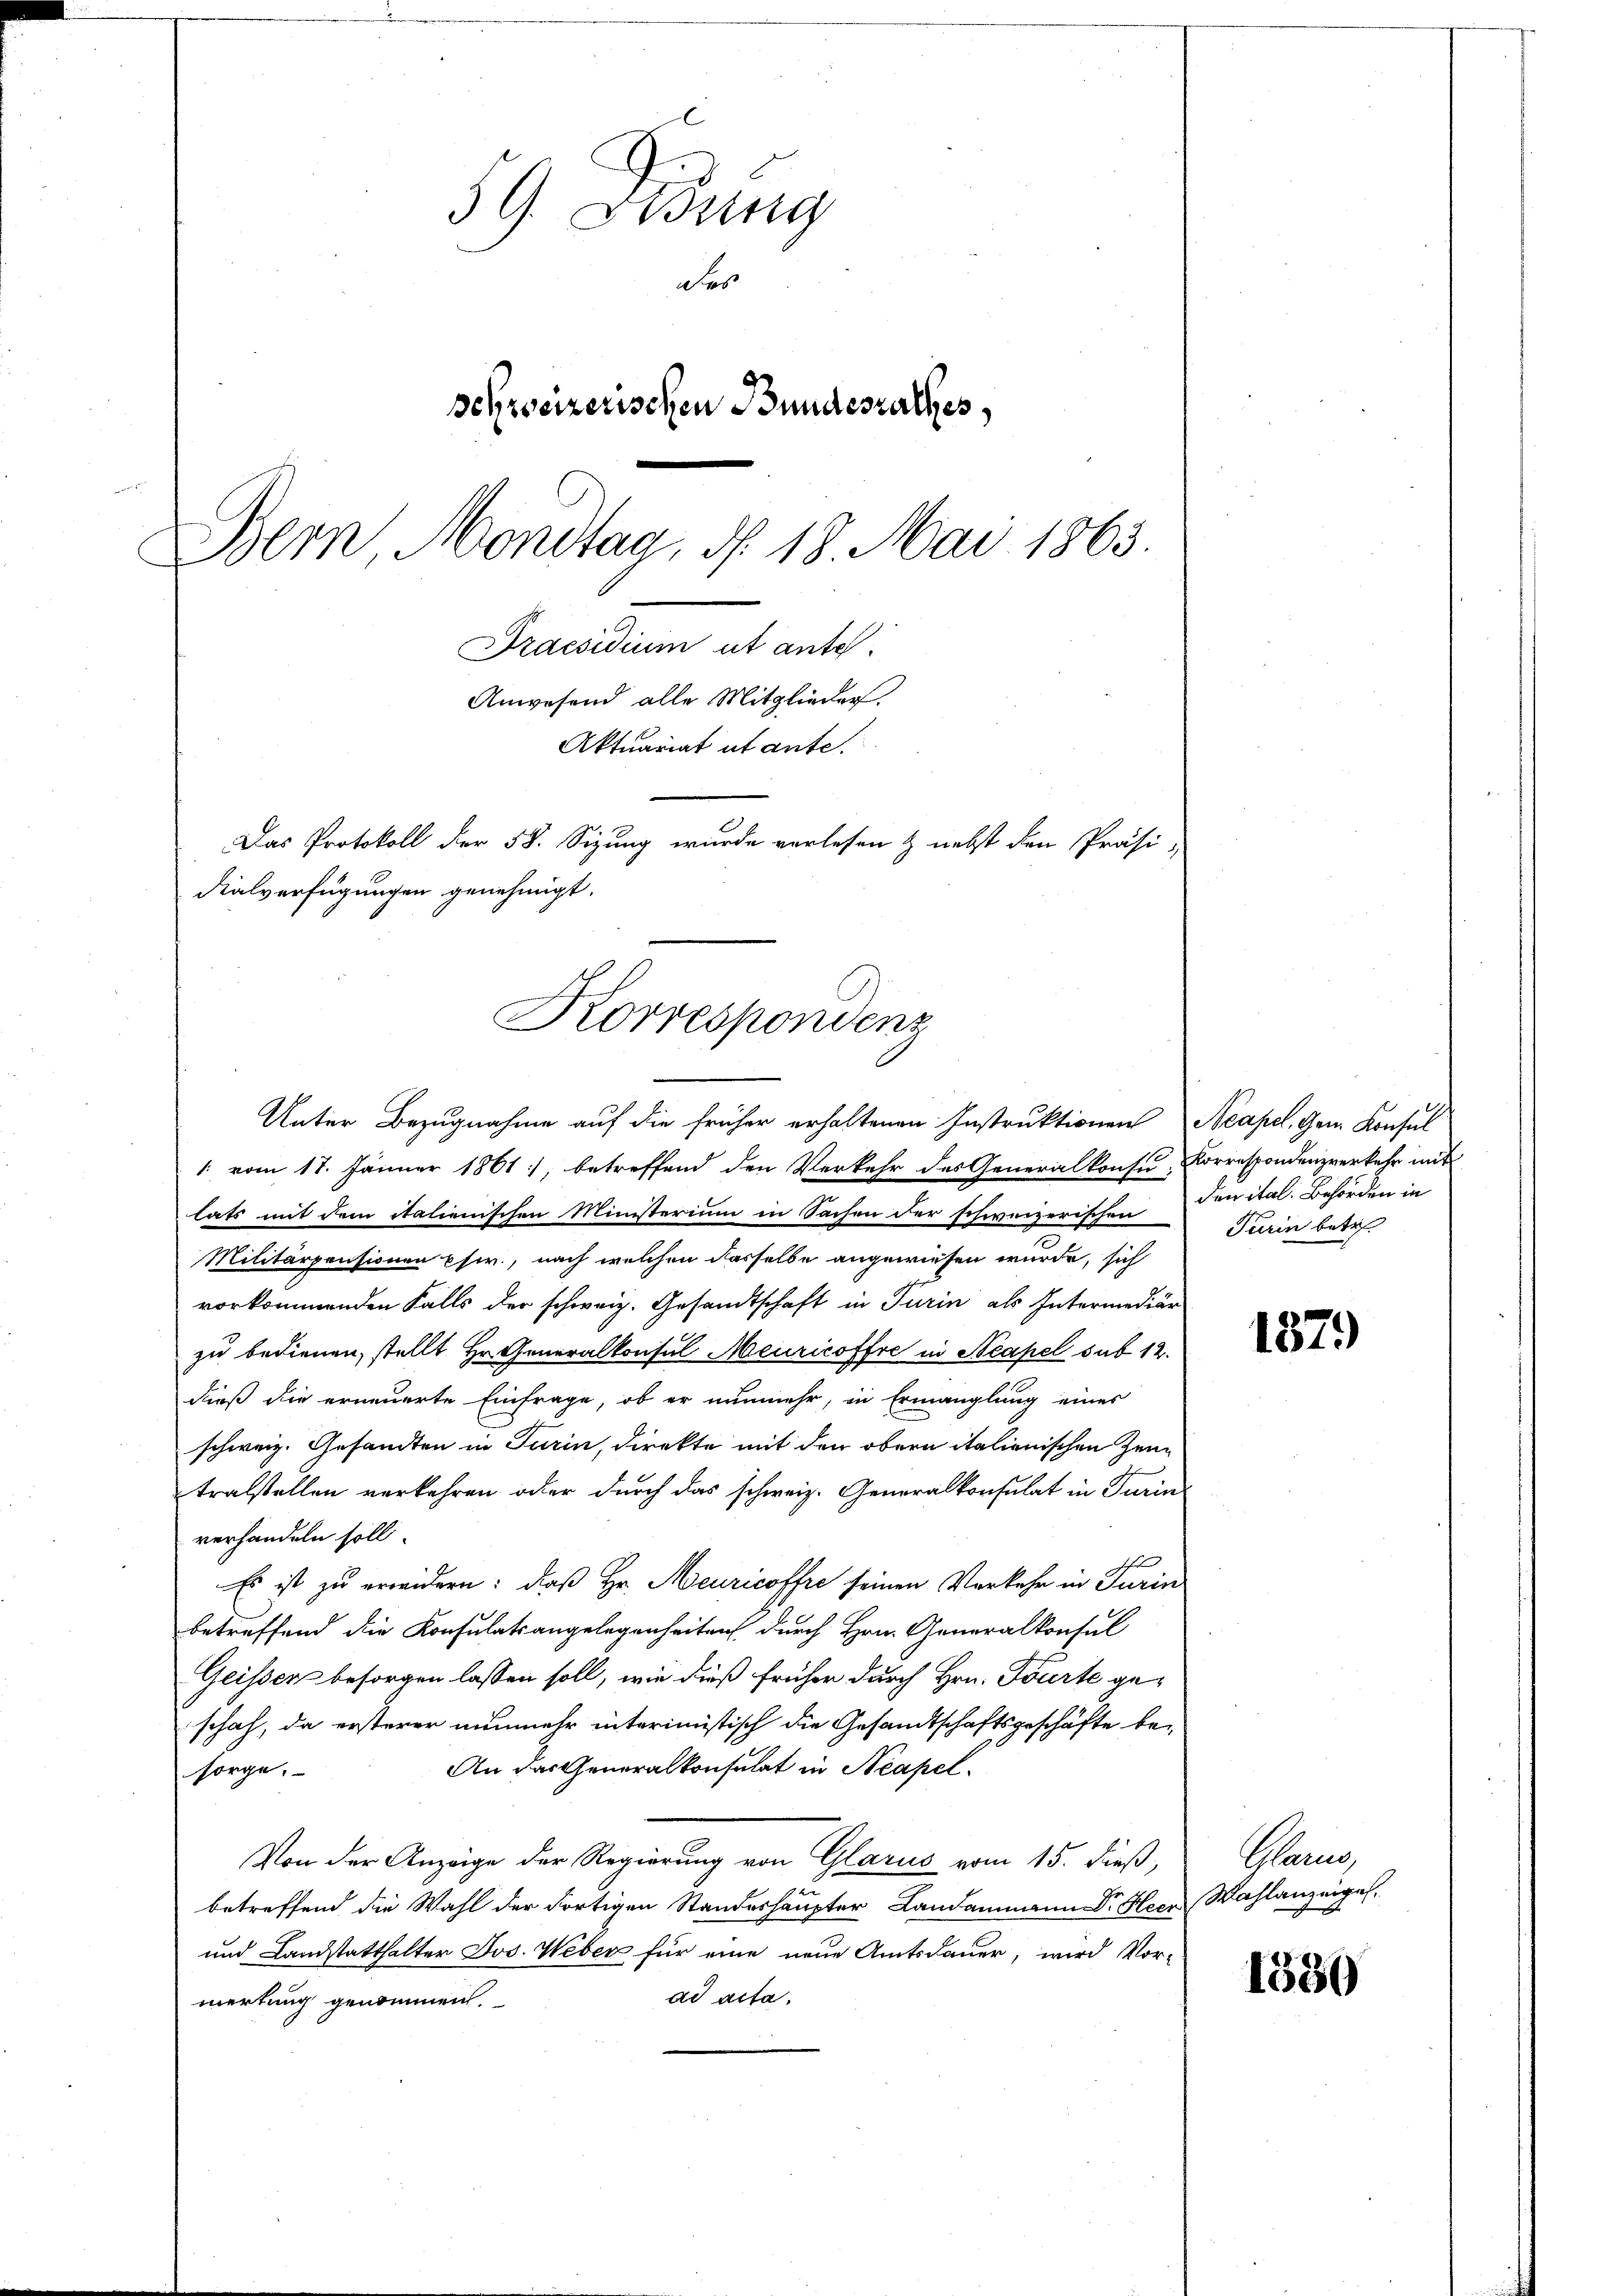
59. Bring
des
schweizerischen Bundesrathes,
Bern, Mondtag, d. 18. Mai 1863.
Draesidium ut ante.
Anwesend alle Mitglieder
Aktuariat ut ante.
Das Protokoll der 58. Sizung wurde verlesen & nebst den Präsi-
Fialverfügungen genehmigt.

Korrespondenz
Unter Bezugnahme auf die früher erhaltenen Instruktionen Neapel, Gen. Konsul

/. vom 17. Jänner 1861, betreffend den Verkehr des Generalkonsu, Korrespondenzverkehr mit
lats mit dem italienischen Ministerium in Sachen der schweizerischen
Militärpensionen psw., nach welchen dasselbe angewiesen wurde, sich
vorkommenden Falls der schweiz. Gesandtschaft in Turin als Intermediar
zu bedienen, stellt Hr. Generalkonsul Meuricoffre in Neapel sub 12.
dieß die erneuerte Einfrage, ob er nunmehr, in Ermanglung eines
schweiz. Gesandten in Turin, direkte mit den obern italionischen Zeutralstellen verkehren oder durch das schweiz. Generalkonsulat in Turin
verhandeln soll.
Es ist zu erweidern: daß Hr. Meuricoffre seinen Verkehr in Turin
betreffend die Konsulatsangelegenheiten durch Hrn. Generalkonsul
Geisser besorgen lassen soll, wie dieß früher durch Hrn. Tourte ge-
schah, da ersterer nunmehr interimistisch die Gesandtschaftsgeschäfte be-
An das Generalkonsulat in Neapel-
sorge.
Von der Anzeige der Regierung von Glarus vom 15. dieß,
betreffend die Wahl der Fortigen Standeshaupter Landammann Dr. Heer Wahlanzeigel.
und Landstatthalter Jos. Weber für eine neue Amtsdauer, wird Vor-
ad acta.
mertung genommen.

den ital. Behörden in
Turin betr.

1379

Pan

1580